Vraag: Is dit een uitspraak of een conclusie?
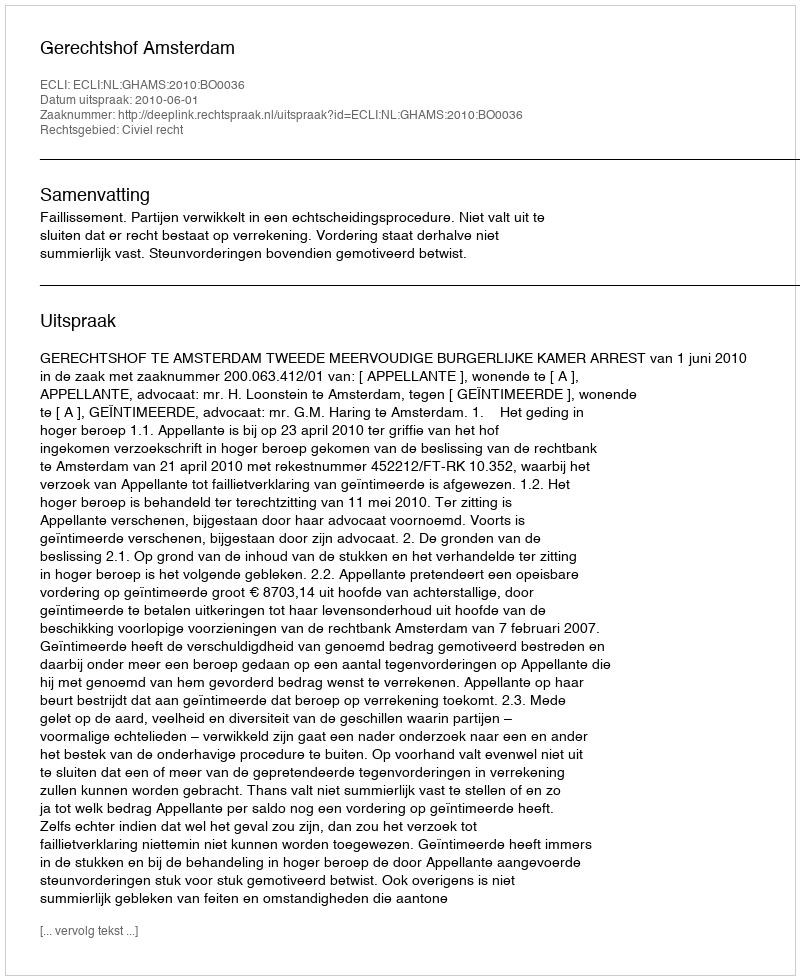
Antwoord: Uitspraak